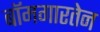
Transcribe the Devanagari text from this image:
बॉमगारतेन